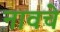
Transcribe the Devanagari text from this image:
नावचे